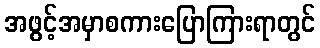
အဖွင့်အမှာစကားပြောကြားရာတွင်